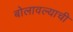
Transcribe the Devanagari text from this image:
बोलावल्याची